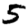
Digit: 5